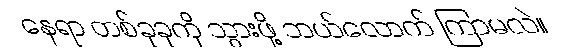
နေရာ တစ်ခုခုကို သွားဖို့ ဘယ်လောက် ကြာမလဲ။